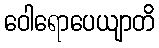
ဝေါရောပေယျာတိ